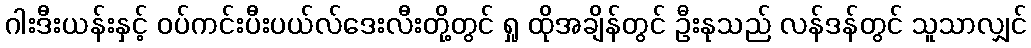
ဂါးဒီးယန်းနှင့် ဝပ်ကင်းပီးပယ်လ်ဒေးလီးတို့တွင် ရှု ထိုအချိန်တွင် ဦးနုသည် လန်ဒန်တွင် သူသာလျှင်